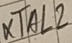
Text: XTAL2